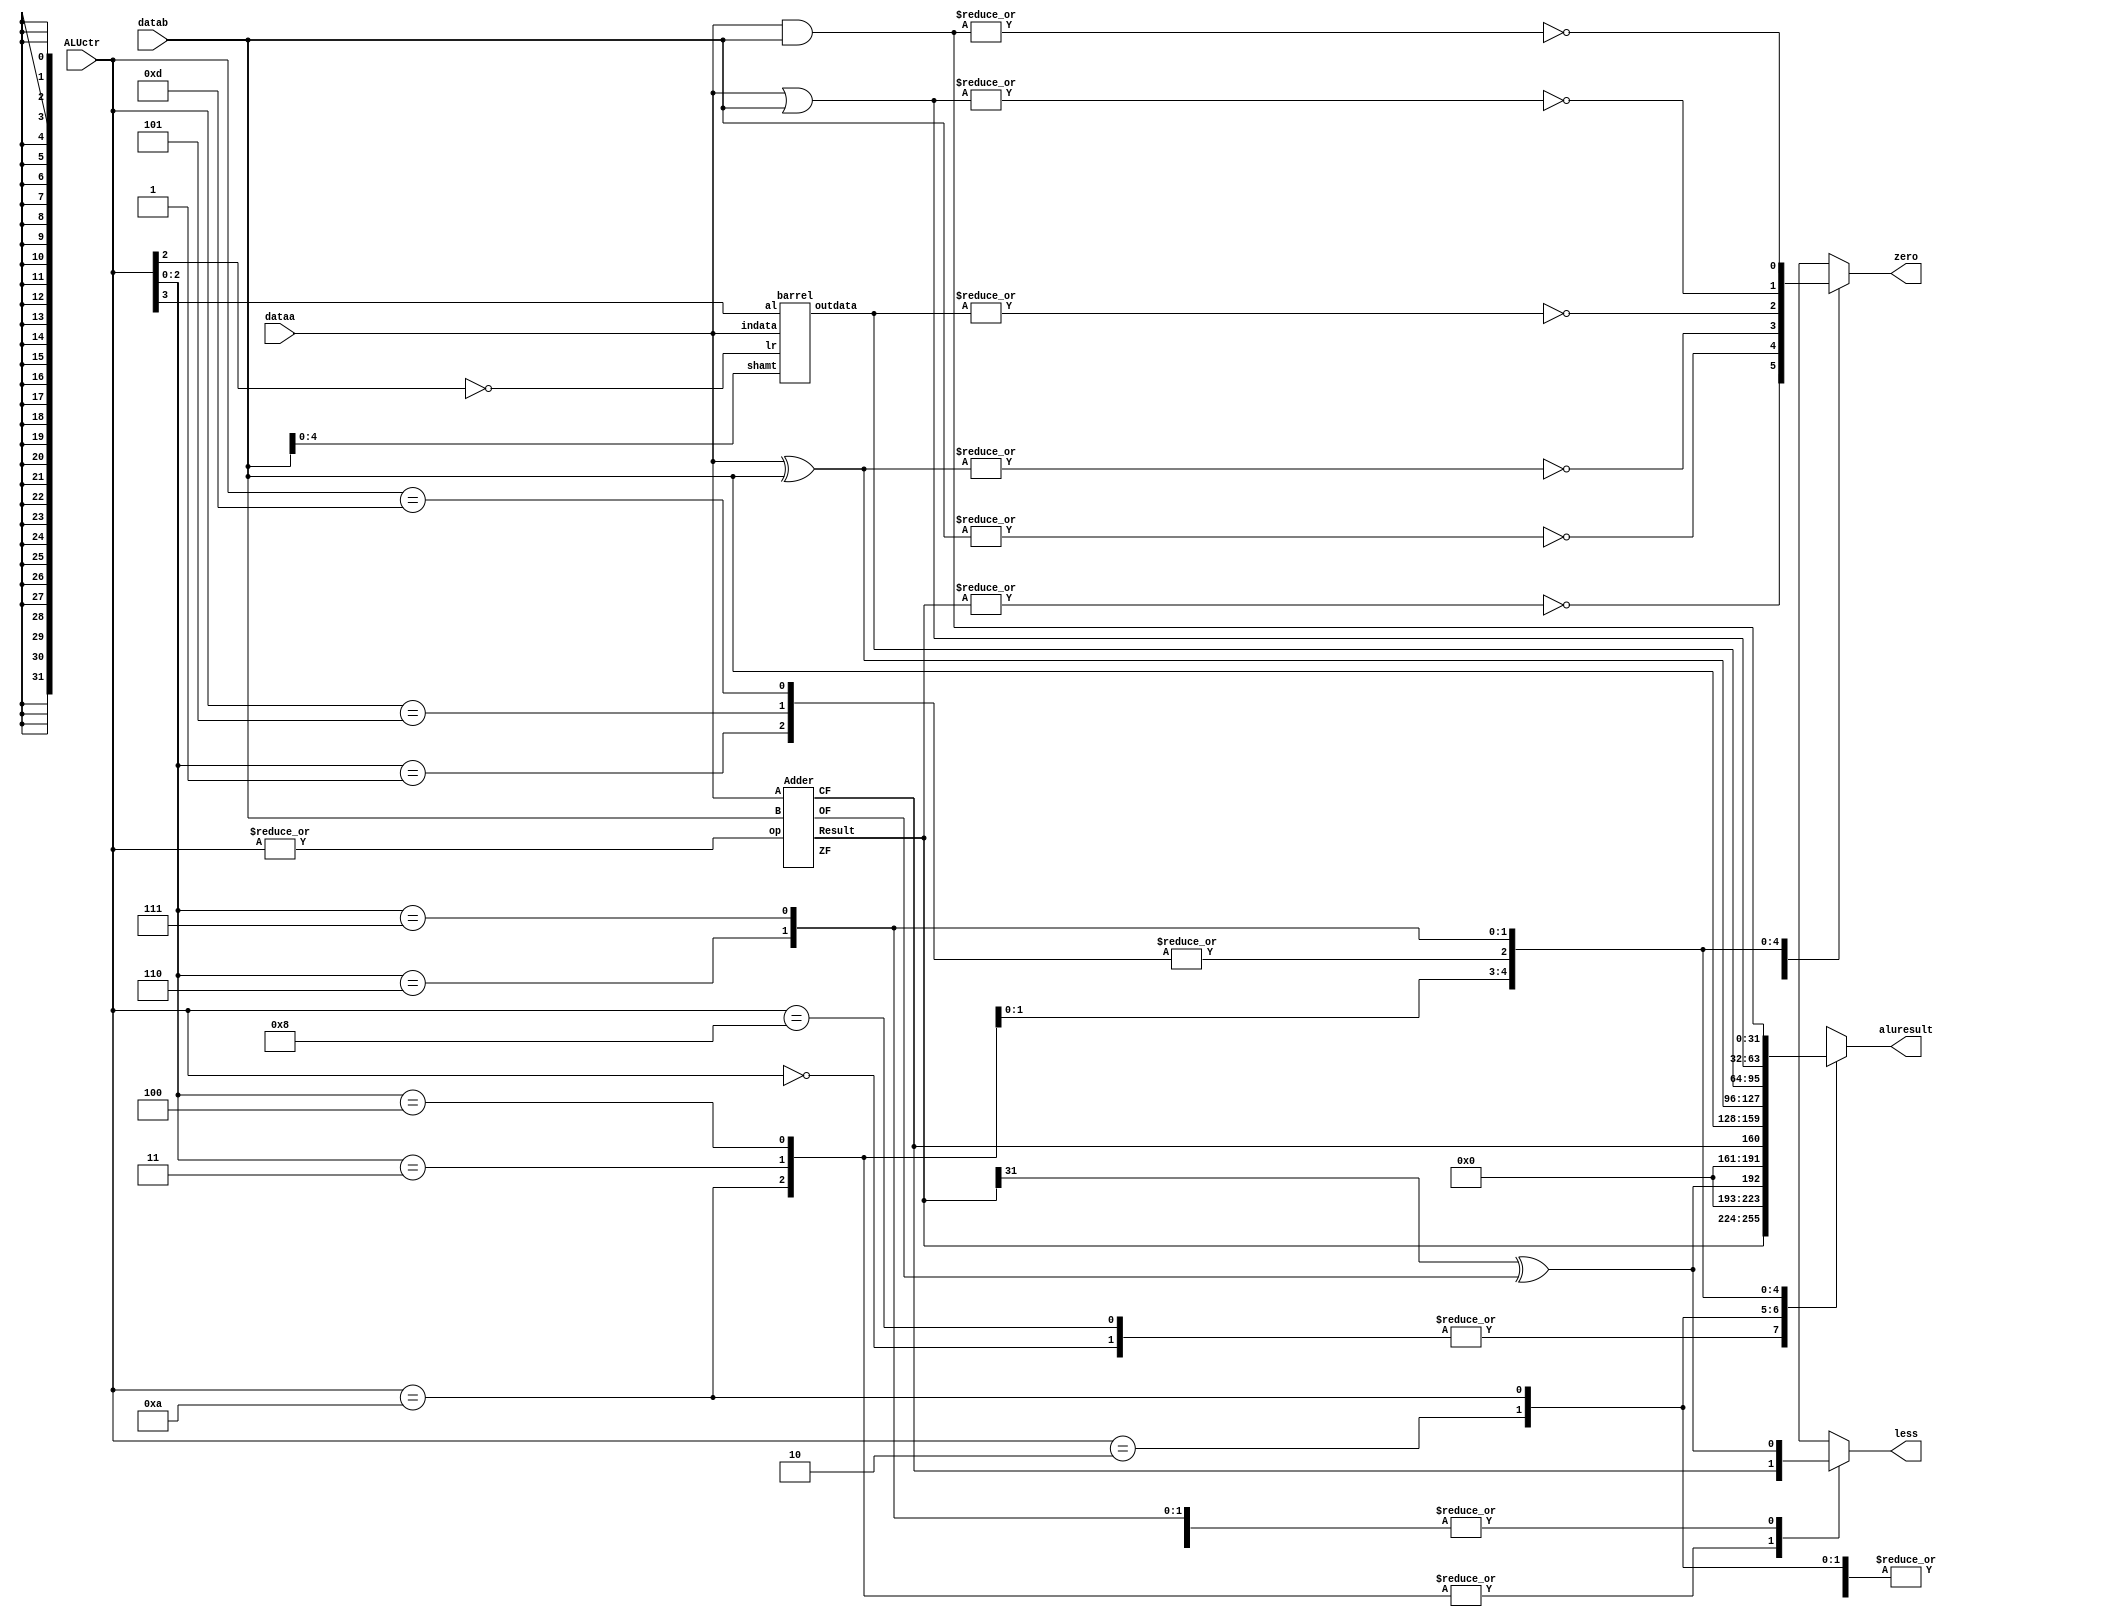
`timescale 1ns / 1ps
//////////////////////////////////////////////////////////////////////////////////
// Company: 
// Engineer: 
// 
// Design Name: 
// Module Name: ALU
// Project Name: 
// Target Devices: 
// Tool Versions: 
// Description: 
// 
// Dependencies: 
// 
// Revision:
// Revision 0.01 - File Created
// Additional Comments:
// 
//////////////////////////////////////////////////////////////////////////////////


module ALU(
	input [31:0] dataa,
	input [31:0] datab,
	input [3:0]  ALUctr,
	output less,
	output zero,
	output reg [31:0] aluresult);

reg less_result = 0;
reg zero_result;
wire add_cf, add_of;
wire [31:0]add_result;
wire [31:0]shift_result;
wire add_zf;
Adder i1(.A(dataa), .B(datab), .op(|ALUctr), .Result(add_result), .CF(add_cf), .ZF(add_zf), .OF(add_of));
barrel i2(.indata(dataa), .shamt(datab[4:0]), .lr(~ALUctr[2]), .al(ALUctr[3]), .outdata(shift_result));
always @ (*)
begin
    casex(ALUctr)
        4'b0000 : begin aluresult = add_result; less_result = (add_result[31] ^ add_of); zero_result = ~(|aluresult); end
        4'b1000 : begin aluresult = add_result; less_result = (add_result[31] ^ add_of); zero_result = ~(|aluresult); end
        4'bx001 : begin aluresult = shift_result; less_result = (add_result[31] ^ add_of); zero_result = ~(|aluresult); end
        4'b0010 : begin aluresult = (add_result[31] ^ add_of); less_result = (add_result[31] ^ add_of); zero_result = ~(|add_result); end
        4'b1010 : begin aluresult = add_cf; less_result = add_cf; zero_result = ~(|add_result); end
        4'bx011 : begin aluresult = datab; less_result = add_cf; zero_result = ~(|aluresult); end
        4'bx100 : begin aluresult = dataa ^ datab; less_result = add_cf; zero_result = ~(|aluresult); end
        4'b0101 : begin aluresult = shift_result; less_result = (add_result[31] ^ add_of); zero_result = ~(|aluresult); end
        4'b1101 : begin aluresult = shift_result; less_result = (add_result[31] ^ add_of); zero_result = ~(|aluresult); end
        4'bx110 : begin aluresult = dataa | datab; less_result = (add_result[31] ^ add_of); zero_result = ~(|aluresult); end
        4'bx111 : begin aluresult = dataa & datab; less_result = (add_result[31] ^ add_of); zero_result = ~(|aluresult); end
        default : begin aluresult = 4'b0000; less_result = 0; zero_result = 0; end
    endcase
end
assign less = less_result;
assign zero = zero_result;

endmodule

module Adder(
    input [31:0] A,
    input [31:0] B,
    input op,
    output [31:0] Result,
    output CF,
    output ZF,
    output OF
    );
    wire [31:0] B_in;
    wire cout;
    assign B_in = {32{op}} ^ B;
    assign {cout, Result} = A + B_in + op;
    assign OF = (A[31] == B_in[31]) && (Result[31] != A[31]);
    assign ZF = ~(|Result);
    assign CF = cout ^ op;
endmodule

module barrel(input [31:0] indata,
			  input [4:0] shamt,
			  input lr,
			  input al,
			  output reg [31:0] outdata);

    reg [31:0] first_level;
    reg [31:0] second_level;
    reg [31:0] third_level;
    reg [31:0] fourth_level;
    integer i;
    //first level
    always @ (*) begin
        case ({lr, shamt[0]}) 
            2'b00 : for(i = 0; i < 32; i=i+1) first_level[i] = indata[i];
            2'b01 : begin first_level[31] = al ? indata[31] : 0; for(i = 0; i < 31; i=i+1) first_level[i] = indata[i+1]; end
            2'b10 : for(i = 0; i < 32; i=i+1) first_level[i] = indata[i];
            2'b11 : begin first_level[0] = 0 ; for(i = 1; i < 32; i=i+1) first_level[i] = indata[i-1]; end 
        endcase
        case ({lr, shamt[1]})
            2'b00 : for(i = 0; i < 32; i=i+1) second_level[i] = first_level[i];
            2'b01 : begin for(i = 0; i < 30; i=i+1) second_level[i] = first_level[i+2]; for(i=30; i<32; i=i+1) second_level[i] = al ? first_level[31] : 0; end
            2'b10 : for(i = 0; i < 32; i=i+1) second_level[i] = first_level[i];
            2'b11 : begin for(i=0; i<2; i=i+1) second_level[i] = 0 ; for(i = 2; i < 32; i=i+1) second_level[i] = first_level[i-2]; end 
        endcase
        case ({lr, shamt[2]})
            2'b00 : for(i = 0; i < 32; i=i+1) third_level[i] = second_level[i];
            2'b01 : begin for(i = 0; i < 28; i=i+1) third_level[i] = second_level[i+4]; for(i=28; i<32; i=i+1) third_level[i] = al ? second_level[31] : 0; end
            2'b10 : for(i = 0; i < 32; i=i+1) third_level[i] = second_level[i];
            2'b11 : begin for(i=0; i<4; i=i+1) third_level[i] = 0 ; for(i = 4; i < 32; i=i+1) third_level[i] = second_level[i-4]; end 
        endcase
        case ({lr, shamt[3]})
            2'b00 : for(i = 0; i < 32; i=i+1) fourth_level[i] = third_level[i];
            2'b01 : begin for(i = 0; i < 24; i=i+1) fourth_level[i] = third_level[i+8]; for(i=24; i<32; i=i+1) fourth_level[i] = al ? third_level[31] : 0; end
            2'b10 : for(i = 0; i < 32; i=i+1) fourth_level[i] = third_level[i];
            2'b11 : begin for(i=0; i<8; i=i+1) fourth_level[i] = 0 ; for(i = 8; i < 32; i=i+1) fourth_level[i] = third_level[i-8]; end 
        endcase
        case ({lr, shamt[4]})
            2'b00 : for(i = 0; i < 32; i=i+1) outdata[i] = fourth_level[i];
            2'b01 : begin for(i = 0; i < 16; i=i+1) outdata[i] = fourth_level[i+16]; for(i=16; i<32; i=i+1) outdata[i] = al ? fourth_level[31] : 0; end
            2'b10 : for(i = 0; i < 32; i=i+1) outdata[i] = fourth_level[i];
            2'b11 : begin for(i=0; i<16; i=i+1) outdata[i] = 0 ; for(i = 16; i < 32; i=i+1) outdata[i] = fourth_level[i-16]; end 
        endcase
    end

endmodule